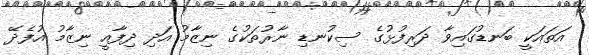
އަތައަކީ ބަނޑުގައިވާ ދަރިފުޅުގެ ސިކުނޑި ނާރުތަކުގެ ނިޒާމު އަދި ދިފާއީ ނިޒާމު އުފެދޭ